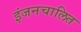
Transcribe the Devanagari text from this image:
इंजनचालित